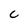
Character: C